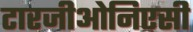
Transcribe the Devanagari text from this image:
टारजीओनिएसी